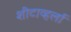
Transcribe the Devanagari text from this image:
शीटाव्हर्ला